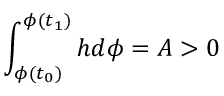
\int _ { \phi ( t _ { 0 } ) } ^ { \phi ( t _ { 1 } ) } h d \phi = { \cal A } > 0